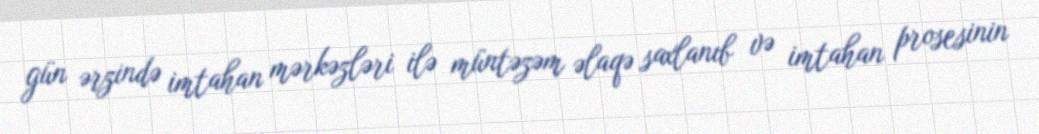
gün ərzində imtahan mərkəzləri ilə müntəzəm əlaqə saxlanıb və imtahan prosesinin